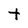
Character: t